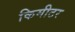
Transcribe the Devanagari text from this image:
किमीटर